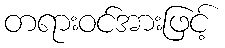
တရားဝင်အားဖြင့်